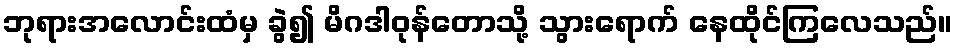
ဘုရားအလောင်းထံမှ ခွဲ၍ မိဂဒါဝုန်တောသို့ သွားရောက် နေထိုင်ကြလေသည်။